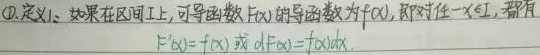
\textcircled{1} 定义1: 如果在区间 \(I\) 上，可导函数 \(F(x)\) 的导函数为 \(f(x)\)，即对任一 \(x\in I\)，都有 \(F'(x)=f(x)\) 或 \(dF(x)=f(x)dx\)。